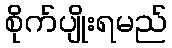
စိုက်ပျိုးရမည်